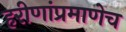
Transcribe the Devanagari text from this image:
हरीणांप्रमाणेच